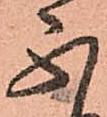
不